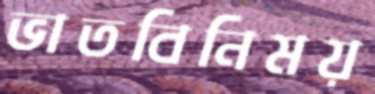
ভাতবিনিময়